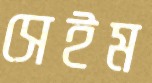
সেইম